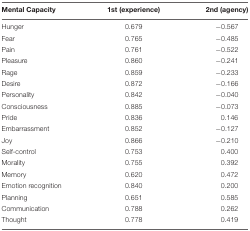
| Mental Capacity | 1st (experience) | 2nd (agency) |
 | --- | --- | --- |
 | Hunger | 0.679 | -0.567 |
 | Fear | 0.765 | -0.485 |
 | Pain | 0.761 | -0.522 |
 | Pleasure | 0.860 | -0.241 |
 | Rage | 0.859 | -0.233 |
 | Desire | 0.872 | -0.166 |
 | Personality | 0.842 | -0.040 |
 | Consciousness | 0.885 | -0.073 |
 | Pride | 0.836 | 0.146 |
 | Embarrassment | 0.852 | -0.127 |
 | Joy | 0.866 | -0.210 |
 | Self-control | 0.753 | 0.400 |
 | Morality | 0.755 | 0.392 |
 | Memory | 0.620 | 0.472 |
 | Emotion recognition | 0.840 | 0.200 |
 | Planning | 0.651 | 0.585 |
 | Communication | 0.788 | 0.262 |
 | Thought | 0.778 | 0.419 |